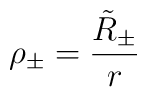
\rho_{\pm} = \frac{\tilde{R}_{\pm}}{r}